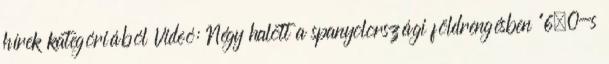
hírek kategóriából Videó: Négy halott a spanyolországi földrengésben “6–0-s